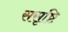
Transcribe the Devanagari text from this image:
ससृष्टि